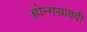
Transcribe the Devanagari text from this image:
होन्गसावदी